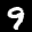
Label: 9